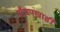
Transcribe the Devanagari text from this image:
पाँचपखाड़ी